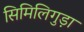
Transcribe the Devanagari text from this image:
सिमिलिगुड़ा